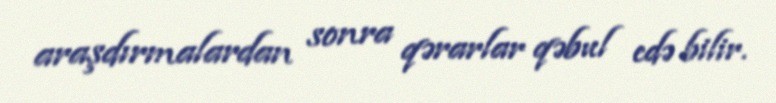
araşdırmalardan sonra qərarlar qəbul edə bilir.